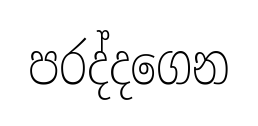
පරද්දගෙන